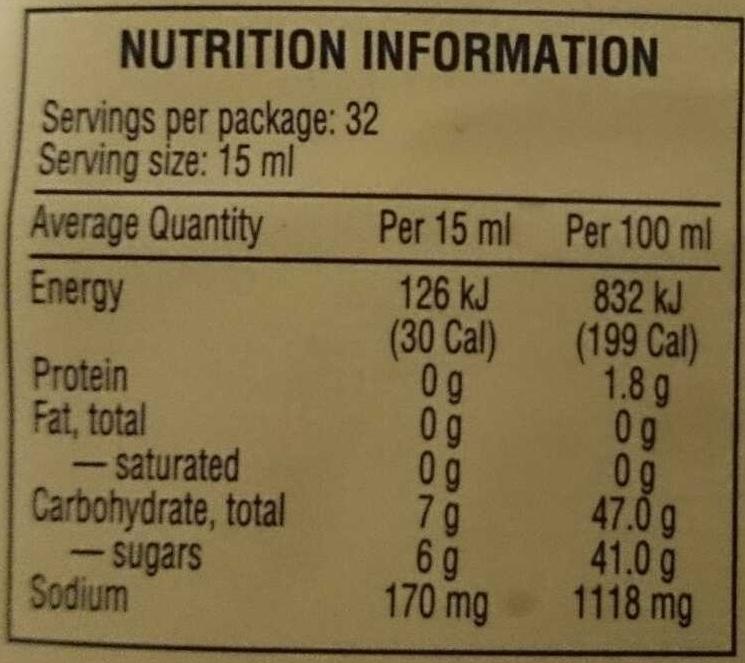
NUTRITION INFORMATION
Servings per package: Serving size: 15 ml
Average Quantity
Energy
Protein
Fat, total -saturated Carbohydrate, total
-sugars
Sodium
32
Per 15 ml
126 kJ
(30 Cal)
0g 0g
0g
7 g
6 g
170 mg
Per 100 ml
832 kJ
(199 Cal)
1.8 g
0g
Og
47.0 g
41.0 g
1118 mg